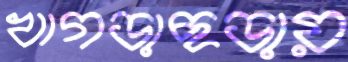
খাগড়াছড়ায়